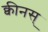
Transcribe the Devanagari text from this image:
क्वीनस्